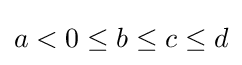
a<0\leq b\leq c\leq d